Annual report on the working of the mental hospitals in the Madras Presidency - 1912-1932
Year: 1912
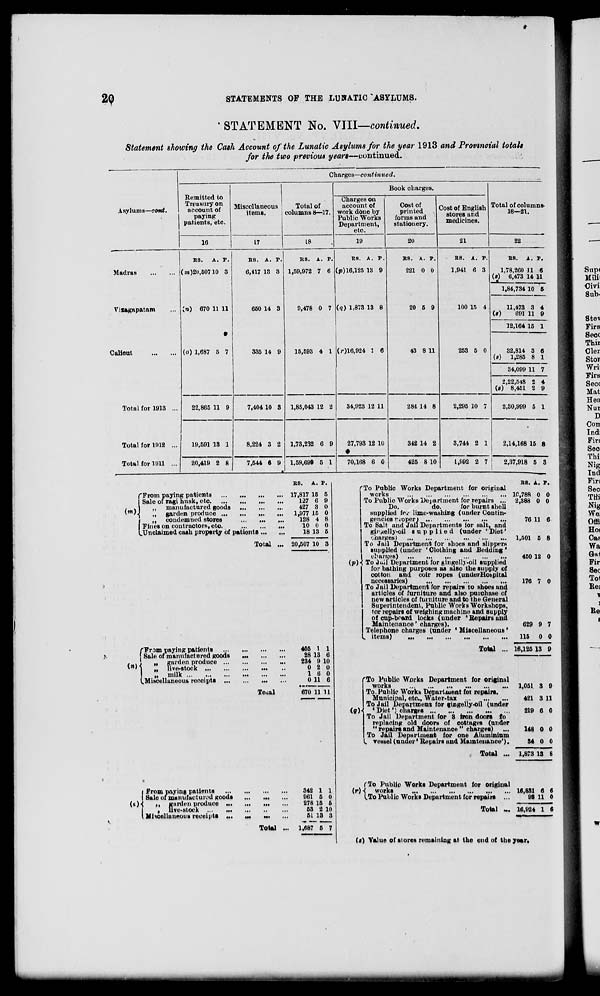
STATEMENTS OF THE LUNATIC 'ASYLUMS.
' STATEMENT No. VIII—continued.
Statement showing the Cash Account of the Lunatic Asylums for the year 1913 and Provincial totals
for the two previous years—continued.
Charges—continued.
Remitted to
Treasury on
account of
paying
patients, etc.
Miscellaneous
items.
Total of
columns 8—17.
Book charges.
Asylums—oont.
Charges on
account of
work done by
Public Works
Department,
etc.
Cost of
printed
forms and
stationery.
Cost of English
stores and
medicines.
Total of columns-
18—21.
10
17
18
19
20
21
22
Madras
HS.
A. P.
(»»)20,60710 3
In) 670 11 11
•
(o) 1,687 5 7
RS. A. P.
6,417 18 3
650 14 3
335 14 9
R8. A. P.
1,59,972 7 6
9,478 0 7
15,593 4 1
RS. A. P.
(p)16,125 13 9
(q) 1,873 13 8
(r)16,924 1 6
R8. A. P.
221 0 0
20 5 9
43 8 11
R8. A. P.
1,941 6 3
100 15 4
253 5 0
R8. A. p.
1,78,260 11 6
(s) 6,473 14 11
1,84,734 10 6
Vixagapatam
11,473 3 4
(«)
691 11 9
12,164 15 1
Calicut
32,814 3 6
(«) 1,285 8 1
34,099 11 7
2,22,548 2 4
(s) 8,451 2 9
Total for 1913 ...
22,865 11 9
7,404 10 8 1,85,043 12 2
34,923 12 11
284 14 8
2,295 10 7
2,30,999 5 1
Total for 1912 ...
19,591 13 1
8,224 3 2
1,73,232 6 9
27,793 12 10
•
342 14 2
3,744 2 1
2,14,166 16 8
Total for 1911 ...
20,419 2 8
7,544 6 9
»
1,59,699 5 1
70,168 6 0
425 8 10
1,992 2 7
2,37,918 5 3
f From paying patients
Sale of ragi husk, eto
,, manufactured goods
„ garden produce
,
I
,, condemned stores
...
.
I Fines on contractors, eto.
(.Unclaimed cash property of patients
R8. A. p.
... 17,817 IB 6
127 6 9
427 3 0
...
1,977 15 0
128 4 8
10 0 0
18 13 5
Total ... 20,507 10 3
rFrom paying patient*
( Sale of manufactured goods
<»> ;: ^X d r e :::
I
„ milk ...
(.Miscellaneous receipt! ...
i From paying patients
I Sale of manufactured goods
( l H
it erardoi produce ...
I
, live-stock
I Miscellaneous receipts ...
To^al
Total
KB. A. P.
405 1 1
28 13 6
234 9 10
0 2 0
1 6 0
0 11 6
670 11 11
342 1 1
961 5 0
278 15 6
53 2 10
51 13 3
1,687 5 7
10,788 0
2,388 0
76 11 6
1,501 5 8
450 12 0
176 7 0
["To Public Works Department for original
works
To Public Works Department for repairs ...
Do.
do.
for burnt shell
supplied f«v lime-washing (under Contin-
gencies rvoperi
To Salt and Jail Departments for salt, and
gii'/elly-oil supplied (under 'Diet'
charges)
To Jail Department for shoes and slipperN
supplied (under 'Clothing and Bedding'
char/.'es)
(pH To Dull Department for gingelly-oil supplied
for bathing purposes as also the supply of
cotton and coir ropes (underHobpital
necessaries)
To Jail Department for repairs to shoes and
articles of furniture and also purchase of
new articles of furniture and to the General
Superintendent, Public Works Workshops,
tor repairs of weighing machine and supply
of cup-beard locks (under 'Repairs and
Maintenance' charges).
Telephone charges (under ' Miscellaneous'
,. items)
Total ...
'To Public Works Department for original
works
To. Public Works Department fot repairs.
Municipal, etc., Water-tax
To Jail Department; for gingelly-oil (under
(«)■( 'Diet') charges
To Jail Department for 3 iron doors fo
replacing old doors of cottages (under
" repairs and Maintenance " chargeH)
To Jail Department for one Aluminium
I vessel (under' Repairs and Maintenance').
t Total ...
fTo Public Works Department for original
{r)< works
16,881 6 6
I To Public Works Department for repairs ...
98 11 0
629 9 7
115 0 0
16,125 13 9
1,051 3 9
421 3 11
219 6 0
148 0 0
34 0 0
1,873 13 8
Total u, 16,924 1 6
(<) Value of stores remaining at the end of the year.
,
-
.. .4